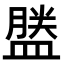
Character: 𪾕